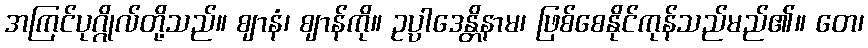
အကြင်ပုဂ္ဂိုလ်တို့သည်။ ဈာနံ၊ ဈာန်ကို။ ဥပ္ပါဒေန္တိနာမ၊ ဖြစ်စေနိုင်ကုန်သည်မည်၏။ တေ၊